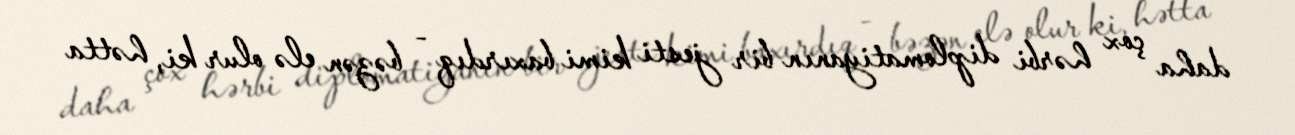
daha çox hərbi diplomatiyanın bir jesti kimi baxırdıq - bəzən elə olur ki, hətta